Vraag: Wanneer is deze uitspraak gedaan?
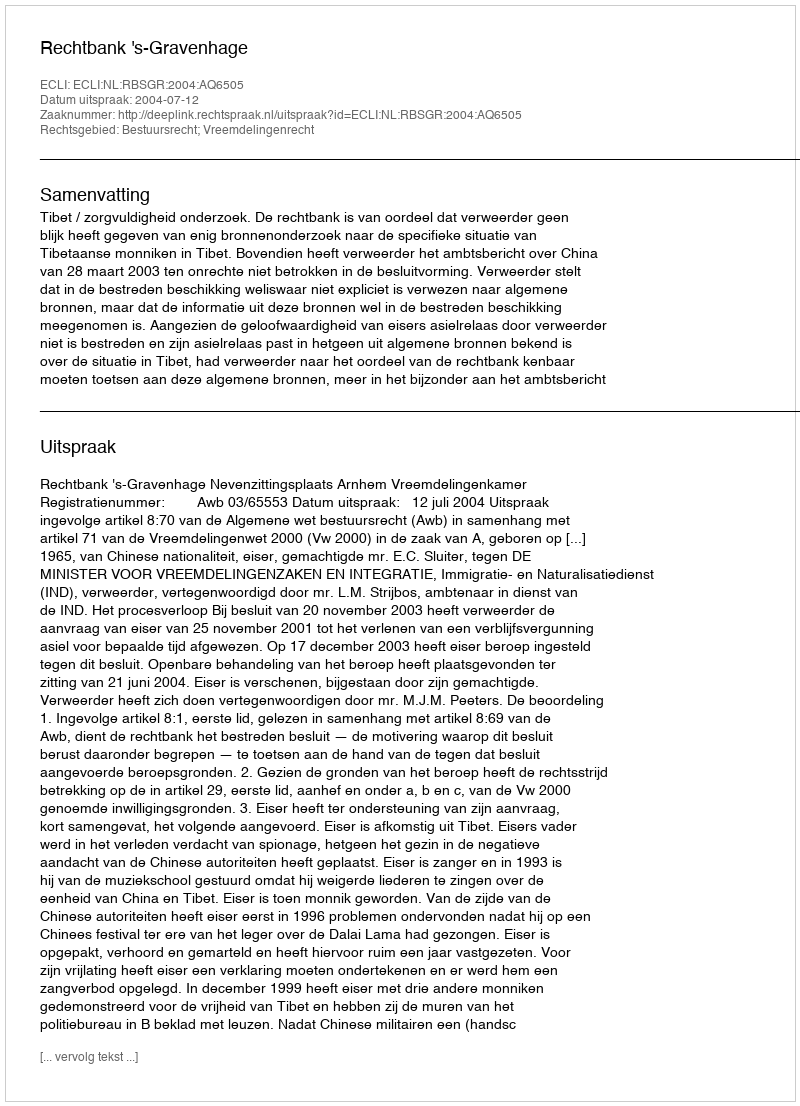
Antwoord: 2004-07-12